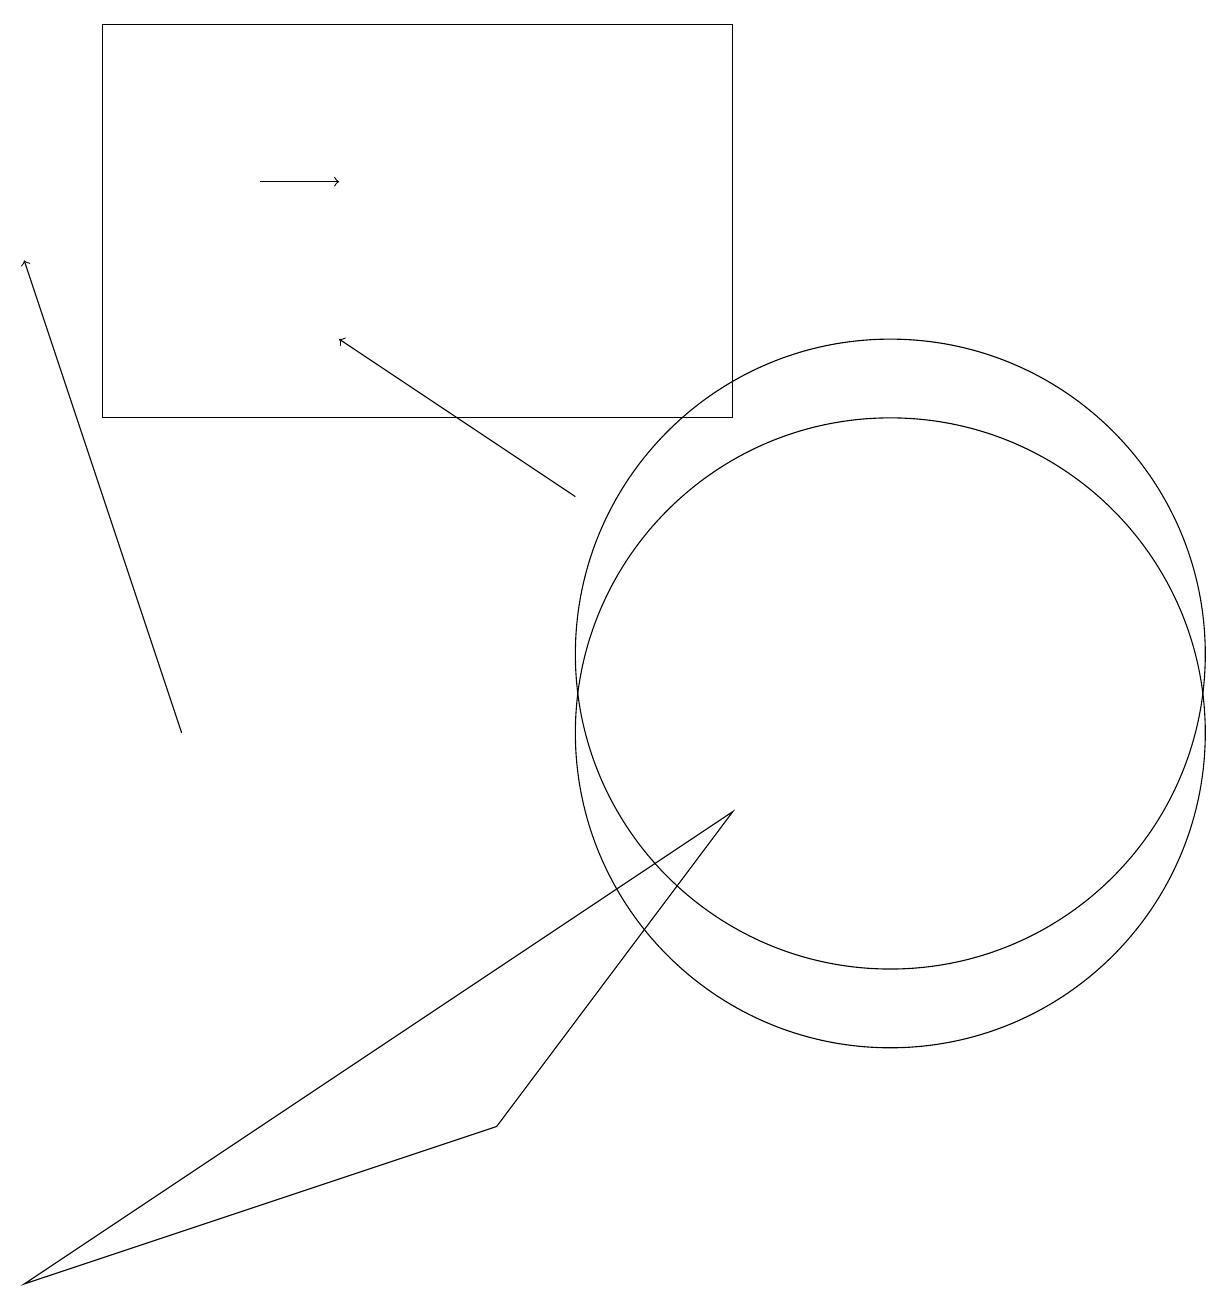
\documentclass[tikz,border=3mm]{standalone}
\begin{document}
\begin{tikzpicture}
\draw (11,10) circle (4);
\draw[->] (7,13) -- (4,15);
\draw[->] (2,10) -- (0,16);
\draw (1,19) rectangle (9,14);
\draw (9,9) -- (6,5) -- (0,3) -- cycle;
\draw (11,11) circle (4);
\draw[->] (3,17) -- (4,17);
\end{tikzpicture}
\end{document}